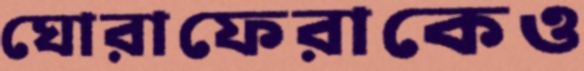
ঘোরাফেরাকেও